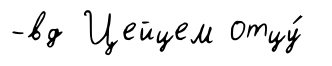
-вд Цейцем отцу́